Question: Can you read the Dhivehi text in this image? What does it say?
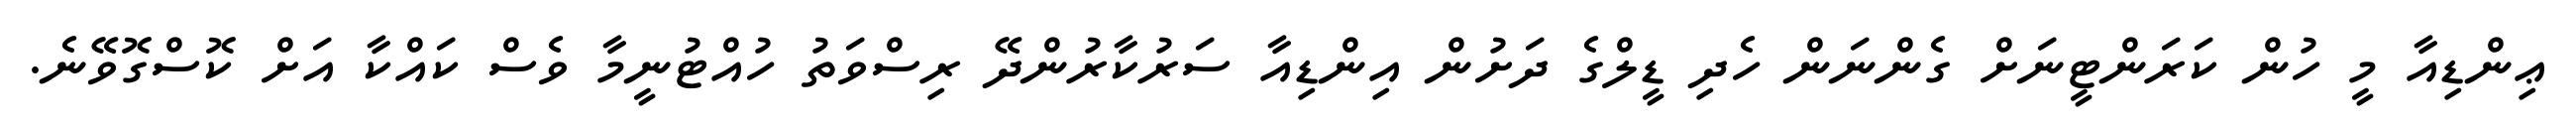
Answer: ޢިންޑިއާ މީ ހުން ކަރަންޓީނަށް ގެންނަން ހެދި ޑީލްގެ ދަށުން އިންޑިއާ ސަރުކާރުންދޭ ރިސްވަތު ހުއްޓުނީމާ ވެސް ކައްކާ އަށް ކޮސްގޮވޭނެ.